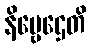
နိဗ္ဗေဌေတိ